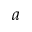
a